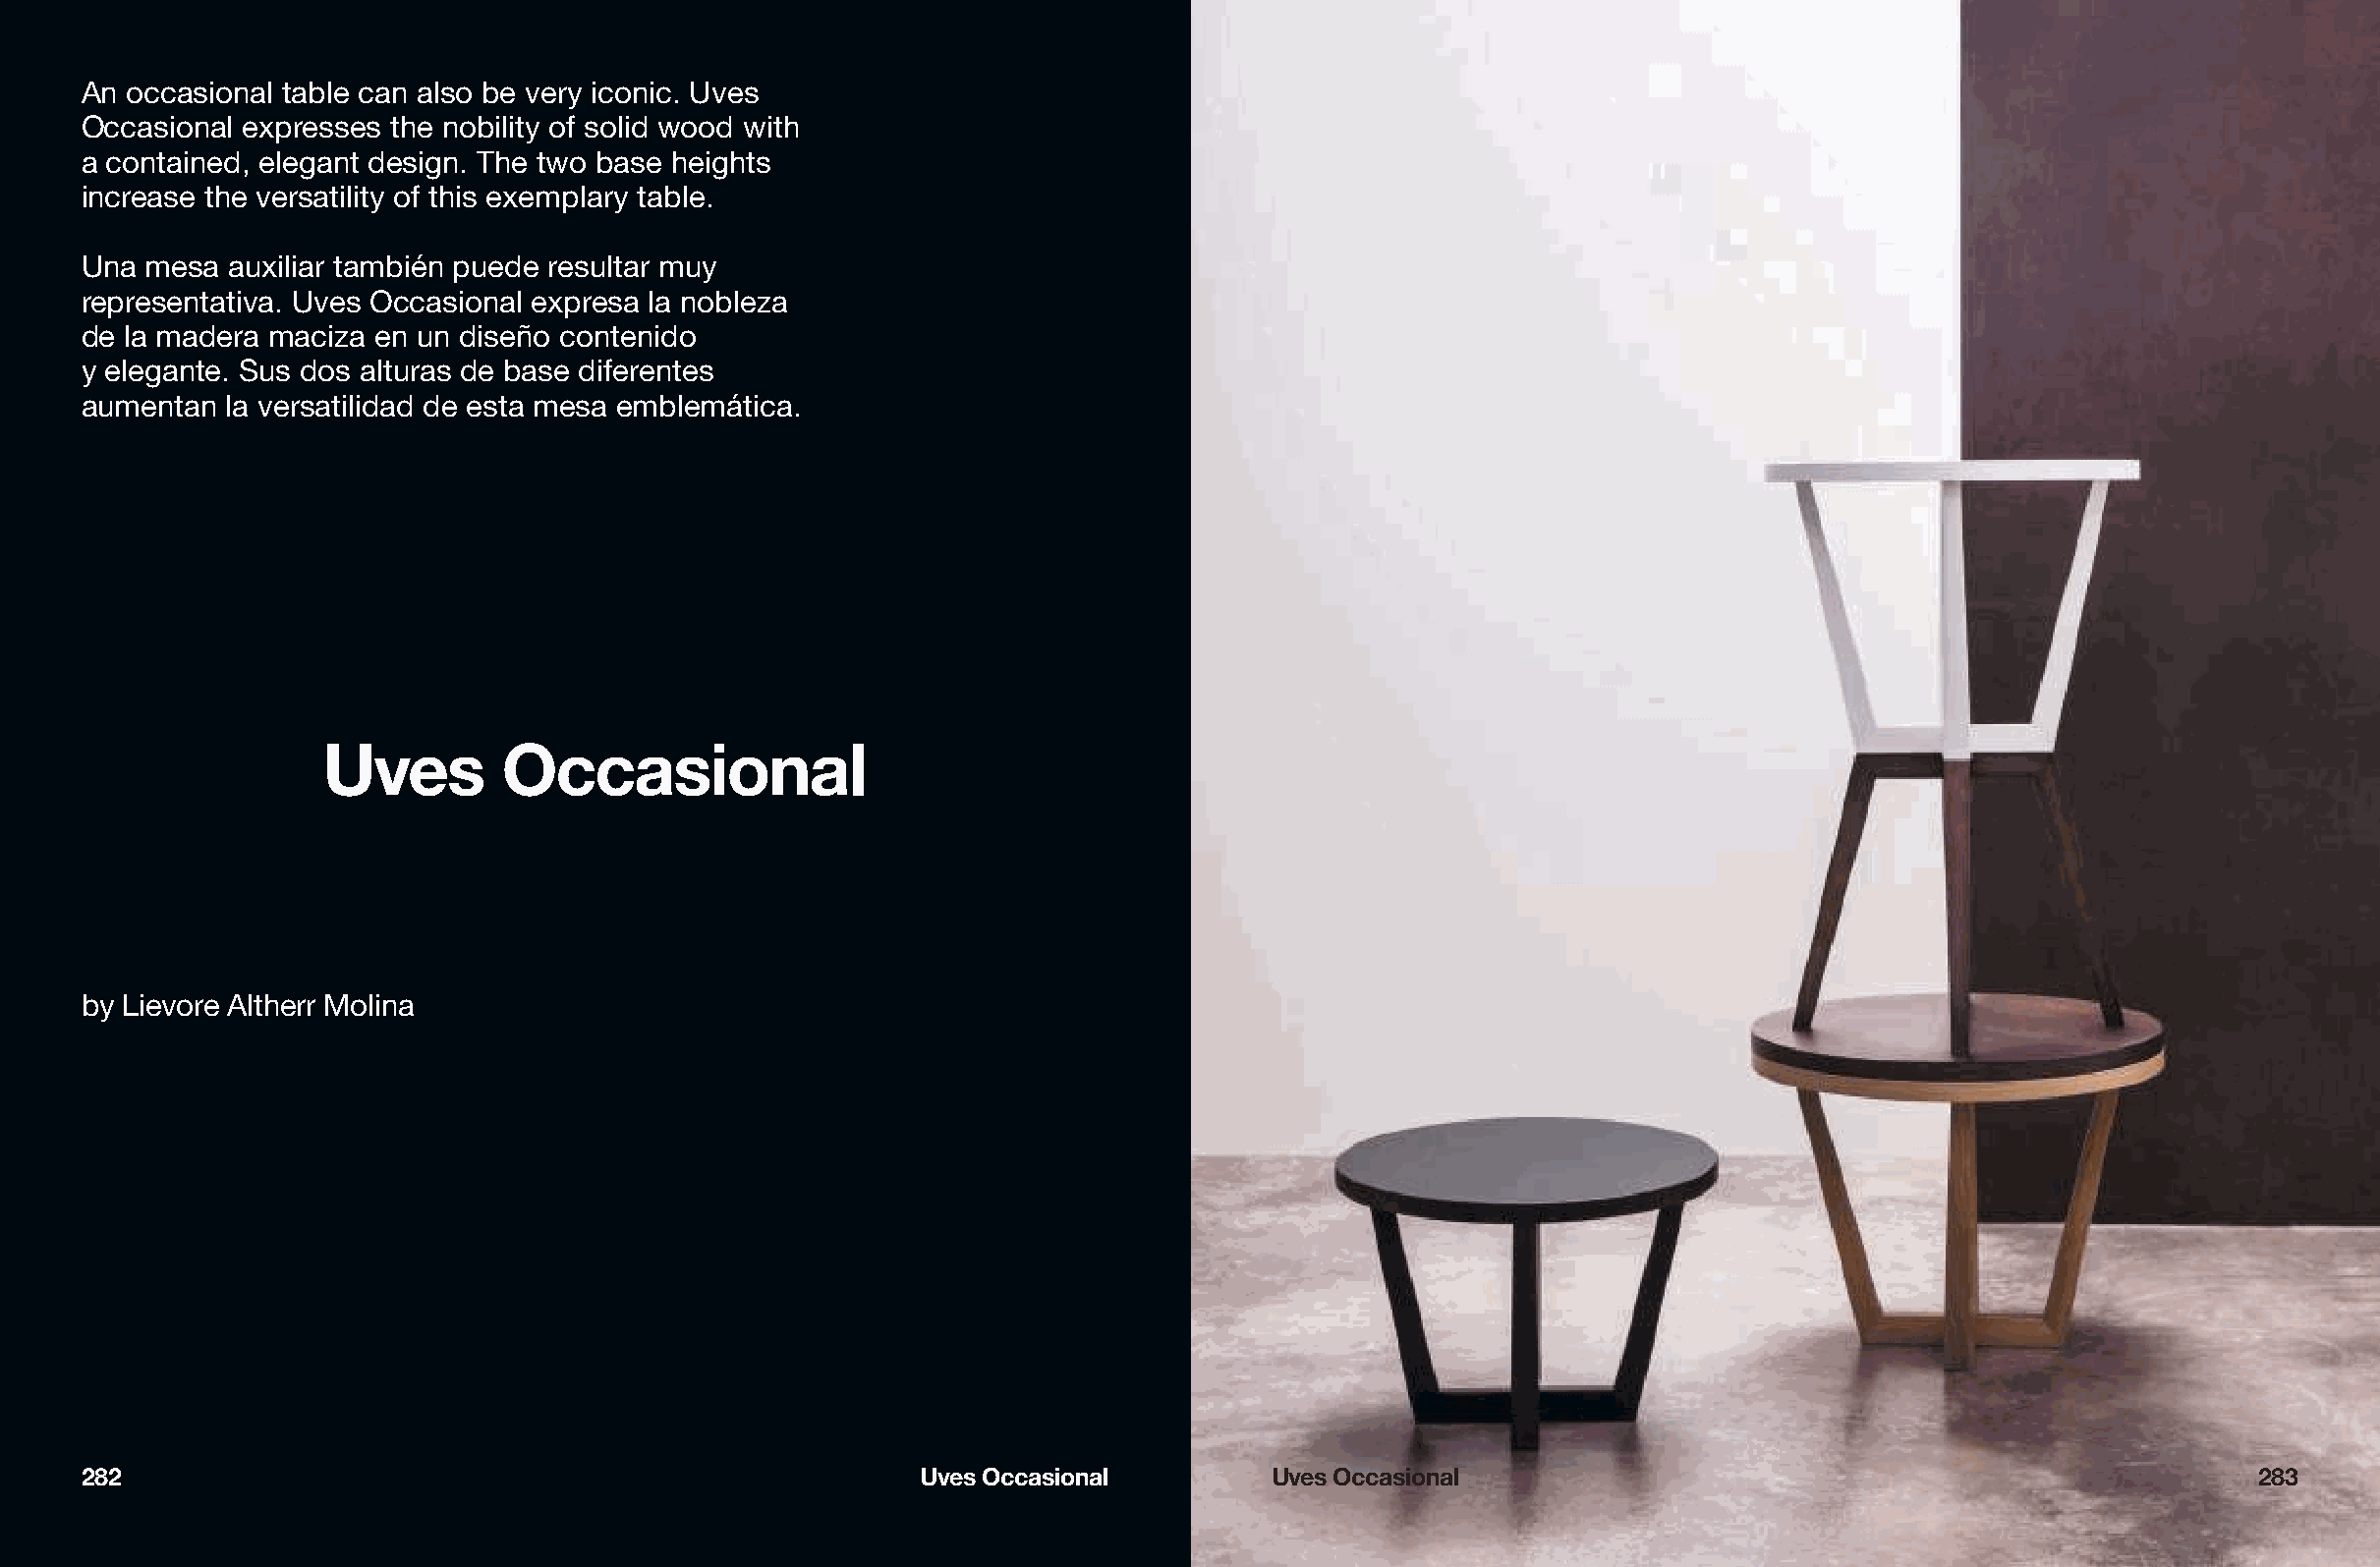
An  occasional table can also be very iconic. Uves
 Occasional expresses the nobility of solid wood with
 a contained, elegant design. The two base heights
 increase the versatility of this exemplary table.
 Una  mesa auxiliar también puede resultar muy
 representativa. Uves Occasional expresa la nobleza
 de la madera maciza en un diseño contenido
 y elegante. Sus dos alturas de base diferentes
 aumentan  la versatilidad de esta mesa emblemática.
 Uves        Occasional
 by Lievore Altherr Molina
 282                                                      Uves Occasional         Uves Occasional                                                   283